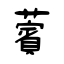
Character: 薲